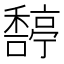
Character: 𥢿